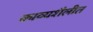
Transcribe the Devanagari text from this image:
काव्यशैलीत